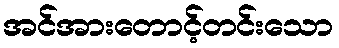
အင်အားတောင့်တင်းသော